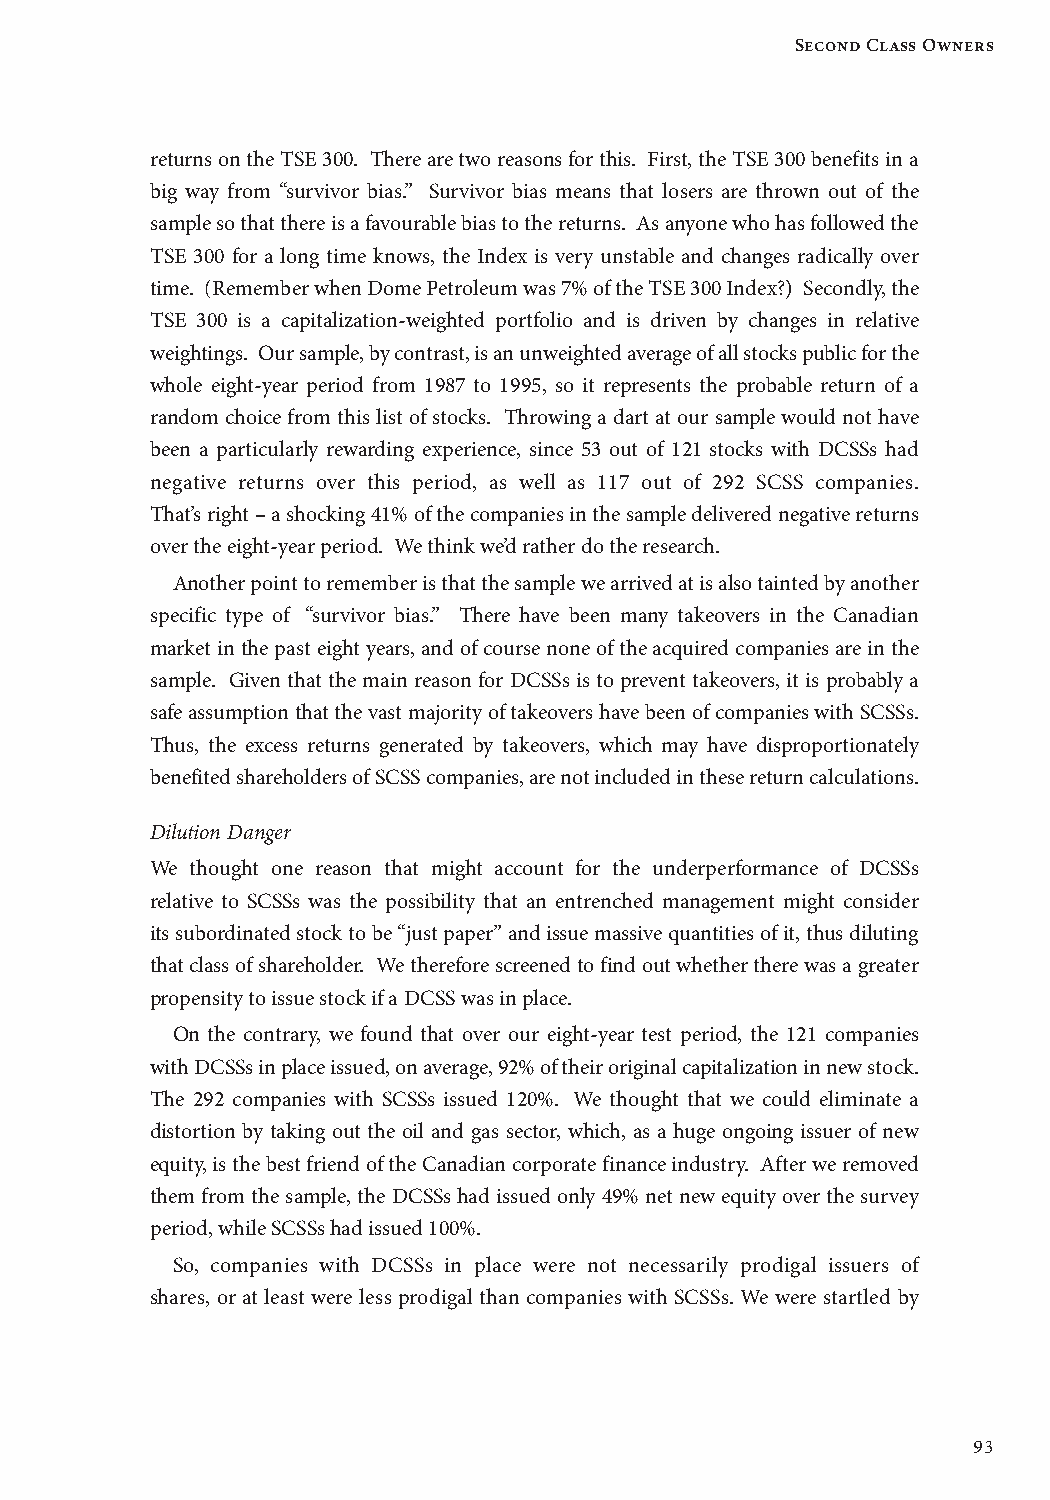
Second Class Owners
 returns on the TSE 300. There are two reasons for this. First, the TSE 300 benefits in a
 big way from “survivor bias.” Survivor bias means that losers are thrown out of the
 sample so that there is a favourable bias to the returns. As anyone who has followed the
 TSE 300 for a long time knows, the Index is very unstable and changes radically over
 time. (Remember when Dome Petroleum was 7% of the TSE 300 Index?) Secondly, the
 TSE 300 is a capitalization-weighted portfolio and is driven by changes in relative
 weightings. Our sample, by contrast, is an unweighted average of all stocks public for the
 whole eight-year period from 1987 to 1995, so it represents the probable return of a
 random choice from this list of stocks. Throwing a dart at our sample would not have
 been a particularly rewarding experience, since 53 out of 121 stocks with DCSSs had
 negative returns over this period, as well as 117 out of 292 SCSS companies.
 That’s right – a shocking 41% of the companies in the sample delivered negative returns
 over the eight-year period. We think we’d rather do the research.
 Another point to remember is that the sample we arrived at is also tainted by another
 specific type of “survivor bias.” There have been many takeovers in the Canadian
 market in the past eight years, and of course none of the acquired companies are in the
 sample. Given that the main reason for DCSSs is to prevent takeovers, it is probably a
 safe assumption that the vast majority of takeovers have been of companies with SCSSs.
 Thus, the excess returns generated by takeovers, which may have disproportionately
 benefited shareholders of SCSS companies, are not included in these return calculations.
 Dilution Danger
 We thought one reason that might account for the underperformance of DCSSs
 relative to SCSSs was the possibility that an entrenched management might consider
 its subordinated stock to be “just paper” and issue massive quantities of it, thus diluting
 that class of shareholder. We therefore screened to find out whether there was a greater
 propensity to issue stock if a DCSS was in place.
 On the contrary, we found that over our eight-year test period, the 121 companies
 with DCSSs in place issued, on average, 92% of their original capitalization in new stock.
 The 292 companies with SCSSs issued 120%. We thought that we could eliminate a
 distortion by taking out the oil and gas sector, which, as a huge ongoing issuer of new
 equity, is the best friend of the Canadian corporate finance industry. After we removed
 them from the sample, the DCSSs had issued only 49% net new equity over the survey
 period, while SCSSs had issued 100%.
 So, companies with DCSSs in place were not necessarily prodigal issuers of
 shares, or at least were less prodigal than companies with SCSSs. We were startled by
 93